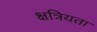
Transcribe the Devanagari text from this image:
क्षत्रियता